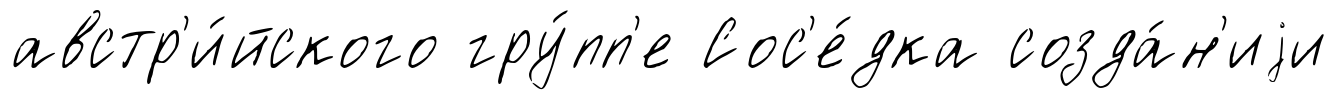
австр'и́йского гру́пп'е Сос'е́дка созда́н'иjи